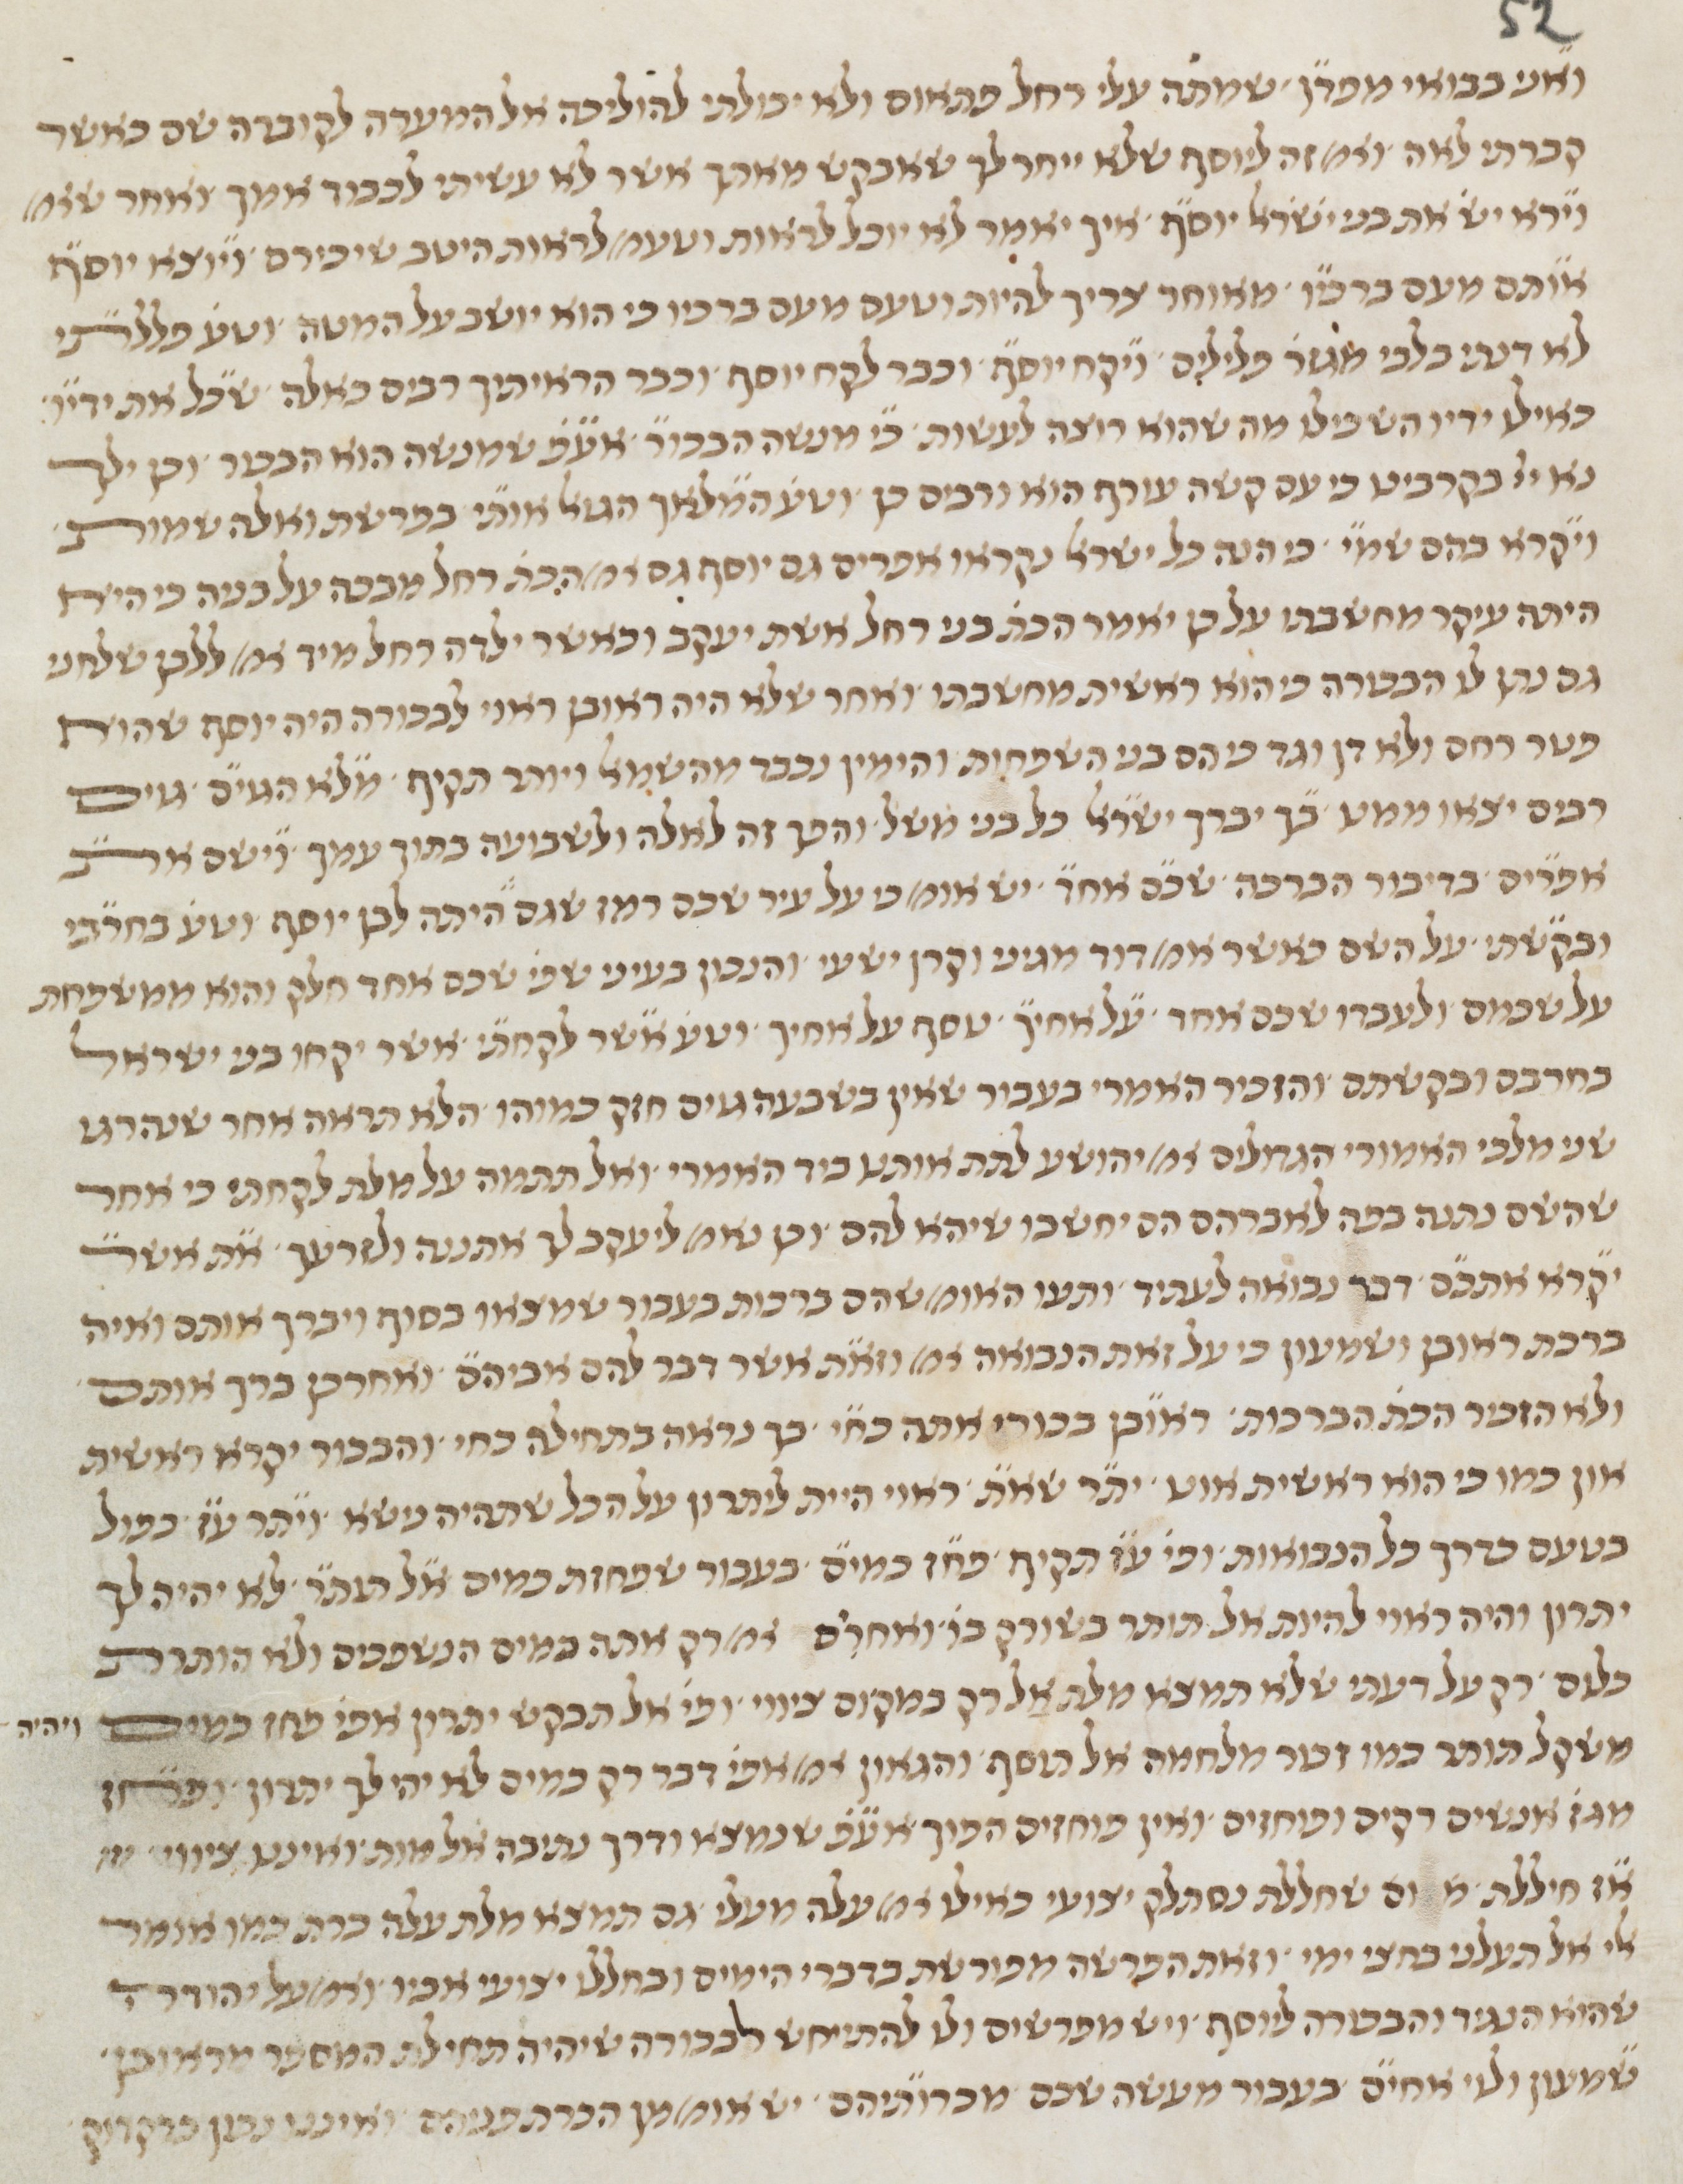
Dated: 1450–1499